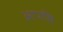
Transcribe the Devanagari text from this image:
आपसि